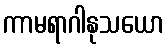
ကာမရာဂါနုသယော